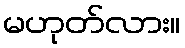
မဟုတ်လား။